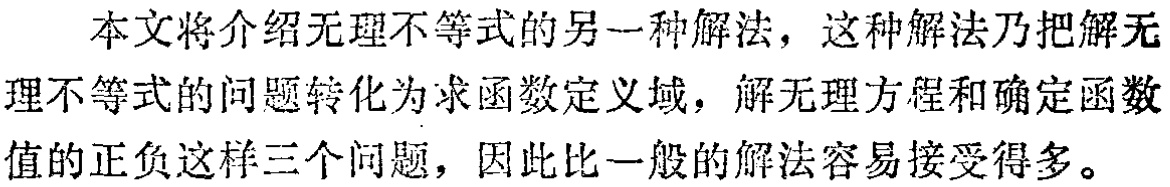
本文将介绍无理不等式的另一种解法，这种解法乃把解无理不等式的问题转化为求函数定义域，解无理方程和确定函数值的正负这样三个问题，因此比一般的解法容易接受得多。